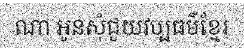
ណា អូនសុំជួយវប្បធម៌ខ្មែរ